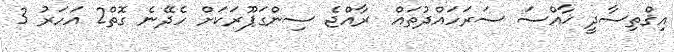
އިޤްތިސާދީ ޚާއްސަ ސަރަހައްދުތައް  ރާއްޖެ ސިންގަޕޫރަކަށް ހެދޭނެ ގޮތް2 އަހަރު 3